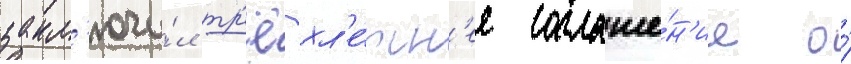
закл'ючи́л тр'ёхл'е́тн'ее соглаше́н'ие о́